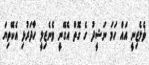
ޥެލެޒިނީ އައް ހަމަ ނަޝީދު ގެ ގޮތް އެގޭނީ ވެނެޒިލީ ހާދަރުޅި އެކޭތިޔަ